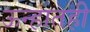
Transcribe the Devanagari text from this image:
ऊन्हातही